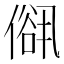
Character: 𠍠